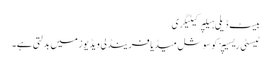
بیسٹ ڈیلی ہیلپر کیٹیگری
ٹیسٹی ریسیپز کو سوشل میڈیا فرینڈلی ویڈیوز میں بدلتی ہے۔